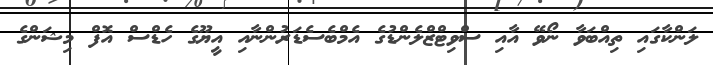
ލަންކާގައި ތިއްބަވާ ނޯވޭ އާއި ސްވިޓްޒްލެންޑުގެ އެމްބެސެޑަރުންނާއި އީޔޫގެ ހެޑްސް އޮފް މިޝަންގެ